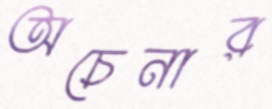
অচেনার